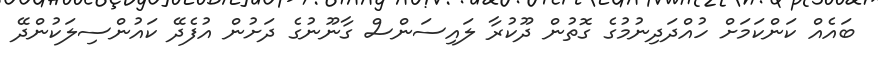
ބައެއް ކަންކަމަށް ހުއްދަދިނުމުގެ ގޮތުން ދޫކުރާ ލައިސަންސް ގާނޫނުގެ ދަށުން އުފެދޭ ކައުންސިލަކުންދޭ